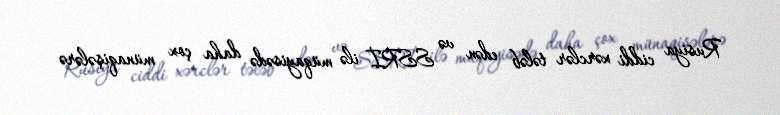
Rusiya ciddi xərclər tələb edən və SSRİ ilə müqayisədə daha çox münaqişələrə